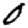
Digit: 0